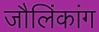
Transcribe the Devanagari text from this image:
जौलिंकांग